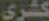
کشری